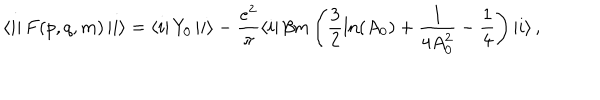
\left\langle i \right| F ( p , q , m ) \left| i \right\rangle = \left\langle i \right| Y _ { 0 } \left| i \right\rangle - \frac { e ^ { 2 } } { \pi } \left\langle i \right| \beta m \left( \frac 3 2 \ln ( A _ { 0 } ) + \frac 1 { 4 A _ { 0 } ^ { 2 } } - \frac 1 4 \right) \left| { i } \right\rangle ,